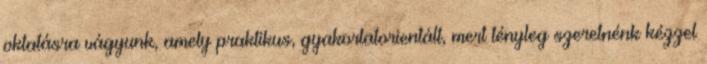
oktatásra vágyunk, amely praktikus, gyakorlatorientált, mert tényleg szeretnénk kézzel